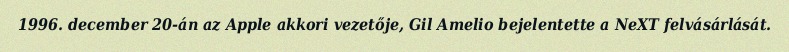
1996. december 20-án az Apple akkori vezetője, Gil Amelio bejelentette a NeXT felvásárlását.